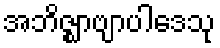
အဘိဇ္ဈာဗျာပါဒေသု